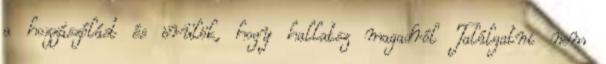
a hozzászólást és örülök, hogy hallatsz magadról Találgatni nem